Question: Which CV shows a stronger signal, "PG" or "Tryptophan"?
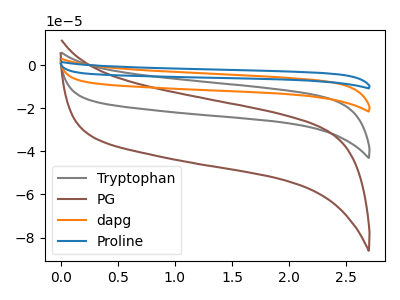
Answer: <think>The gray curve "Tryptophan" has no peaks. The brown curve "PG" has no peaks. The orange curve "dapg" has no peaks. The blue curve "Proline" has no peaks.
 Neither "PG" or "Tryptophan" have any peaks.</think>
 <answer>I cant tell if "PG" or "Tryptophan" has more signal.</answer>
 <eval>mixed_signal</eval>